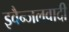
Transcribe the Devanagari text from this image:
इवैन्जलवादी